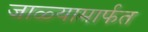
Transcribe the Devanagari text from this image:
जाळ्यामार्फत